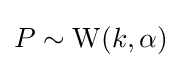
P\sim \mathrm {W} (k,\alpha )